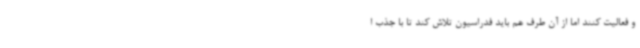
و فعالیت کنند اما از آن طرف هم باید فدراسیون تلاش کند تا با جذب ا